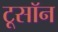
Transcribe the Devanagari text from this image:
टूसॉन